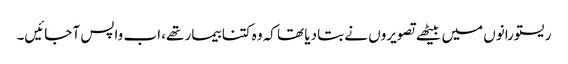
ریستورانوں میں بیٹھے تصویروں نے بتا دیا تھا کہ وہ کتنا بیمار تھے، اب واپس آ جائیں۔